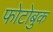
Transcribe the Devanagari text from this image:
फोटोबुक